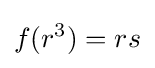
f(r^{3})=rs